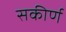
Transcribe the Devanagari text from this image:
सकीर्ण